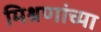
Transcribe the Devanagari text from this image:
मिश्रणांच्या